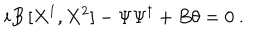
i B \, [ X ^ { 1 } , X ^ { 2 } ] - \Psi \Psi ^ { \dagger } + B \theta = 0 ~ .